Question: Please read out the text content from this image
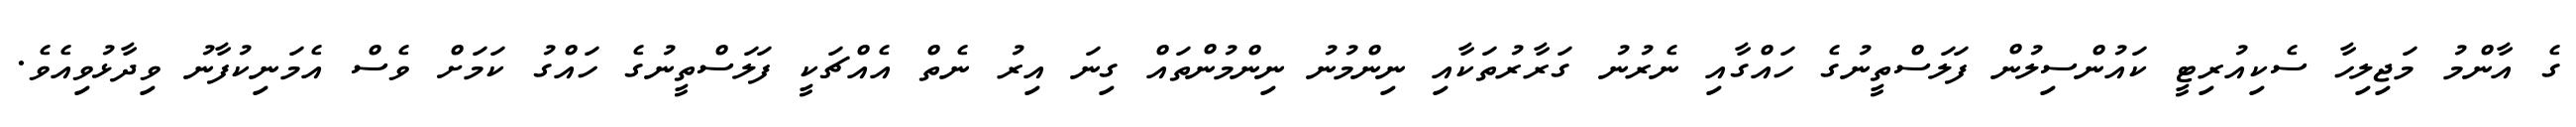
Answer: ގެ އާންމު މަޖިލިހާ ސެކިއުރިޓީ ކައުންސިލުން ފަލަސްތީނުގެ ހައްގާއި ނެރުނު ގަރާރުތަކާއި ނިންމުނު ނިންމުންތައް ގިނަ އިރު ނެތް އެއްޗަކީ ފަލަސްތީނުގެ ހައްގު ކަމަށް ވެސް އެމަނިކުފާނު ވިދާޅުވިއެވެ.